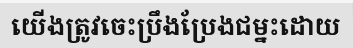
យើងត្រូវចេះប្រឹងប្រែងជម្នះដោយ